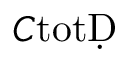
C _ { Ḋ } \mathrm { t o t Ḍ }